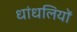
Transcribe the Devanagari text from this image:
धांधलियों